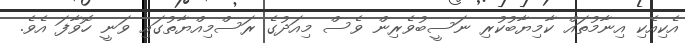
އެކިއެކި އިނާމުތައް ކާމިޔާބުކުރި ނަސީބުވެރިން ވެސް މިއަދުގެ ރަސްމިއްޔާތުގައި ވަނީ ހޮވާފަ އެވެ.